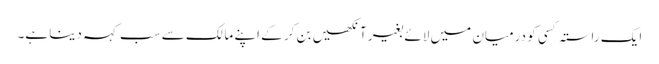
ایک راستہ کسی کو درمیان میں لائے بغیر آنکھیں بن کر کے اپنے مالک سے سب کہہ دینا ہے۔